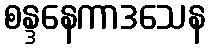
စန္ဒနေကာဒသေန